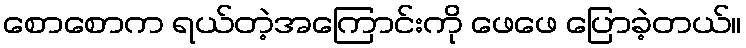
စောစောက ရယ်တဲ့အကြောင်းကို ဖေဖေ ပြောခဲ့တယ်။